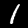
Label: 1